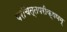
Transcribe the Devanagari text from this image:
परचित्तपरीक्षणम्‌